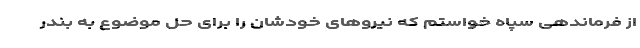
از فرماندهی سپاه خواستم که نیرو‌های خودشان را برای حل موضوع به بندر